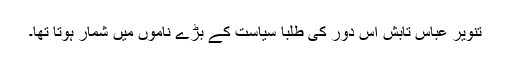
تنویر عباس تابش اس دور کی طلبا سیاست کے بڑے ناموں میں شمار ہوتا تھا۔